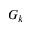
G _ { k }